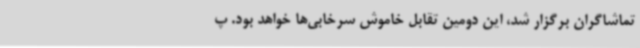
تماشاگران برگزار شد، این دومین تقابل خاموش سرخابی‌ها خواهد بود. پ